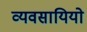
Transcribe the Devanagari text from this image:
व्यवसायियो